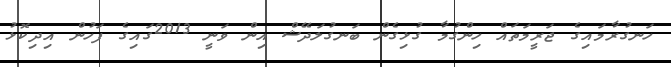
ހަނގުރާމައިގެ ޖަރީމަތައް ހިންގުމާ ގުޅިގެން ބަނގުލަދޭޝް އިން ވަނީ 2013ގައިގެ ފަހުން އިދިކޮޅު